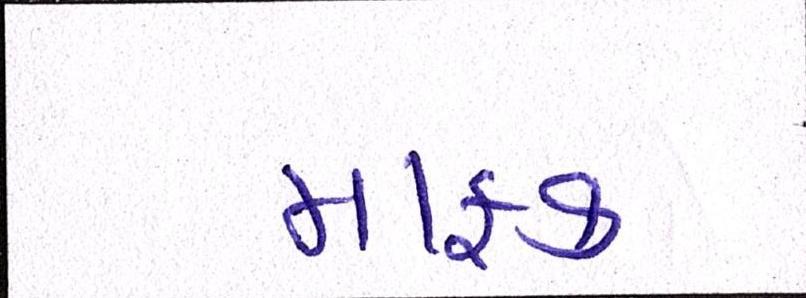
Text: માફક